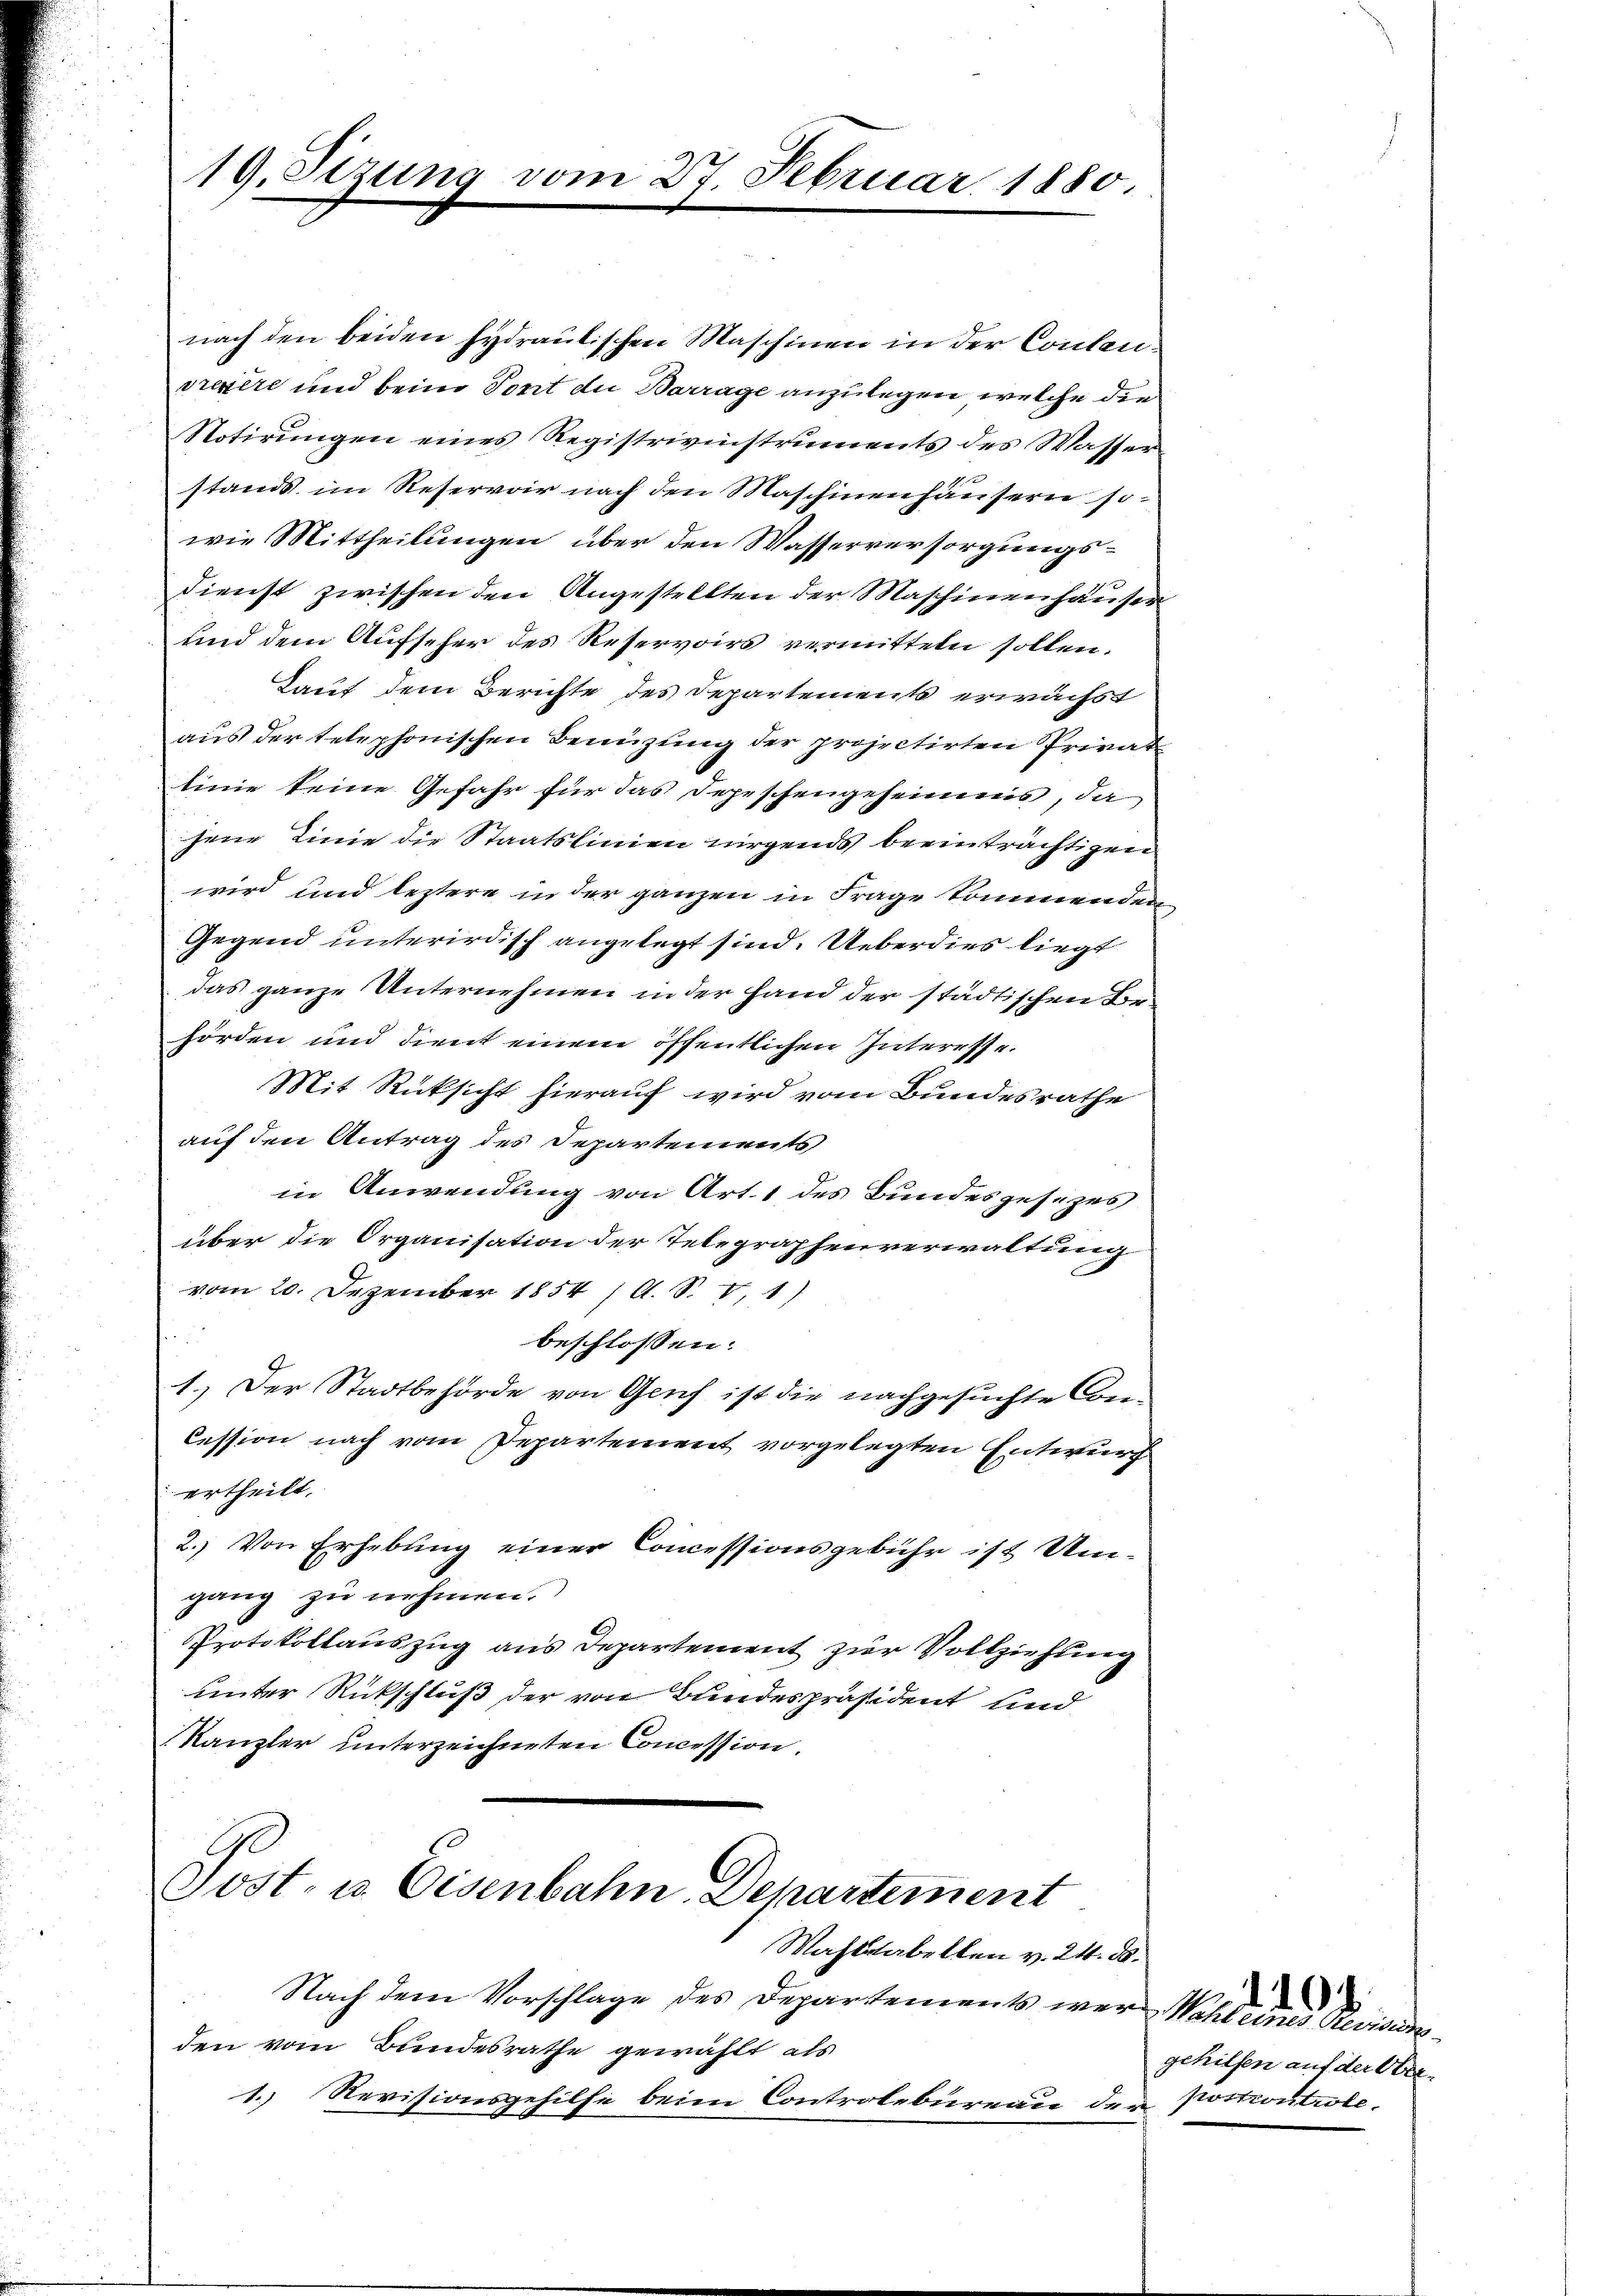
19. Sizung

omm 2t Februar 1880.

nach den beiden Hydraulischen Maschinen in der Coulansrezere und beim Tont die Barrage anzulegen, welche die
Notirungen eines Registrivinstruments des Wasserstands im Reservoir nach den Maschinenhäusern so-
wie Mittheilungen über den Wasserversorgungsdienst zwischen den Angestellten der Maschinenhausen
und dem Aufseher des Reservoirs vermitteln sollen.
Laut dem Berichte des Departements erwächst
aus der telephonischen Benüzung der projectirten Privat
linie keine Gefahr für das Depeschengeheimis, da
jene Linie die Staatslinien nirgends beeinträchtigen
wird und leztere in der ganzen in Frage kommenden
Gegend unterirdisch angelegt sind. Ueberdies liegt
das ganze Unternehmen in der Hand der städtischen Vorhörden und dient einem öffentlichen Interesse.
Mit Rücksicht hierauf wird vom Bundesrathe
auf den Antrag des Departements
in Anwendung von Art. 1 des Bundesgesezes
über die Organisation der Telegraphenverwaltung
vom 20. Dezember 1854 /A. S. V 1)
beschlossen:
1.) Der Stadtbehörde von Genf ist die nachgesuchte Con¬
Cession nach vom Departement vorgelegten Entwurf
ertheilt.
2.) Von Erhebung einer Concessionsgebühr ist Umgang zu nehmen.
Protokollauszug aus Departement zur Vollziehung
unter Rückschluß der von Bundespräsident und
Kanzler unterzeichneten Concession.
s
Post- u. Eisenbahn. Departement
Wahlstabellen v. 24. ds.
Nach dem Vorschlage des Departements war Wahl eines Revisionsden vom Bundesrathe gewählt als
1. Revisionsgehilfe beim Controlbureau der Pocontrole-

gehilfen auf der Ober¬

0